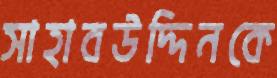
সাহাবউদ্দিনকে